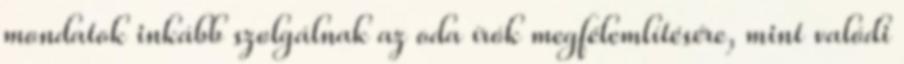
mondatok inkább szolgálnak az oda írók megfélemlítésére, mint valódi